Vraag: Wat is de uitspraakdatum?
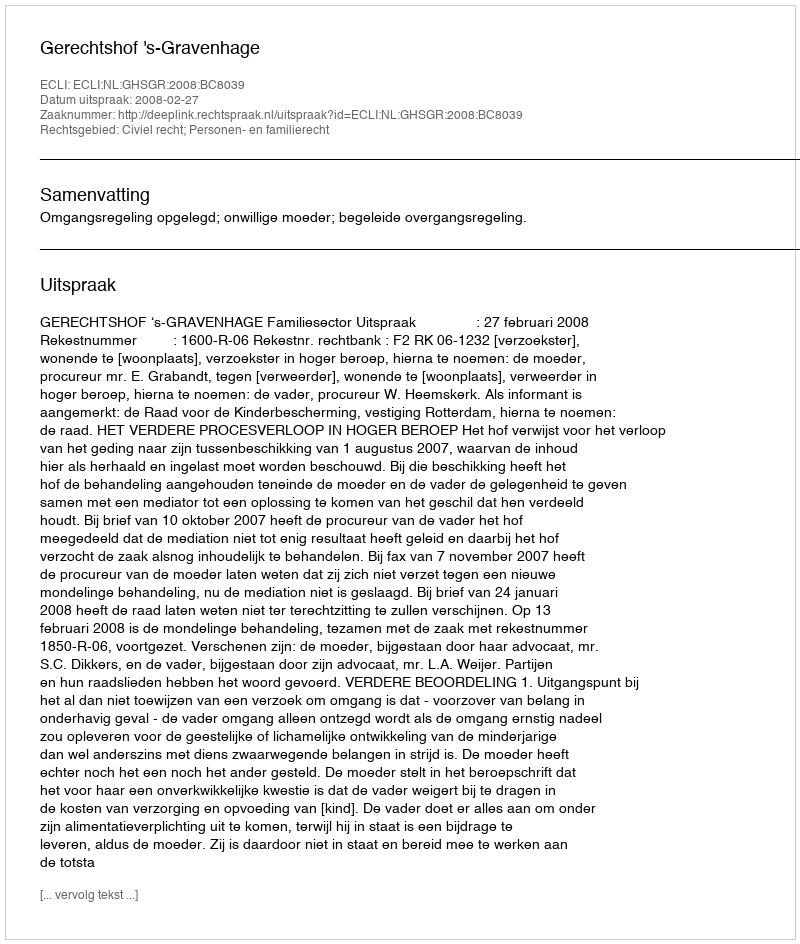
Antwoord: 2008-02-27